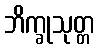
ဘိက္ခုသုတ္တ